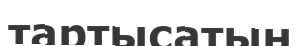
тартысатын